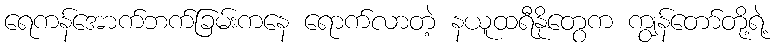
ရေကန်အောက်ဘက်ခြမ်းကနေ ရောက်လာတဲ့ နယူထရီနိုတွေက ကျွန်တော်တို့ရဲ့